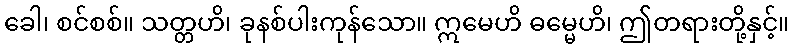
ခေါ၊ စင်စစ်။ သတ္တဟိ၊ ခုနစ်ပါးကုန်သော။ ဣမေဟိ ဓမ္မေဟိ၊ ဤတရားတို့နှင့်။